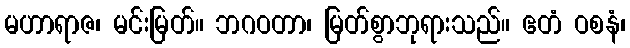
မဟာရာဇ၊ မင်းမြတ်။ ဘဂဝတာ၊ မြတ်စွာဘုရားသည်။ ဧတံ ဝစနံ၊